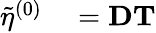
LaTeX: \begin{array}{rl}{\tilde{\eta}^{(0)}}&{{}=\mathbf{D}\mathbf{T}}\end{array}